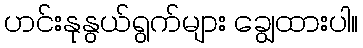
ဟင်းနုနွယ်ရွက်များ ချွေထားပါ။